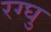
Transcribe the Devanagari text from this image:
रग्घु